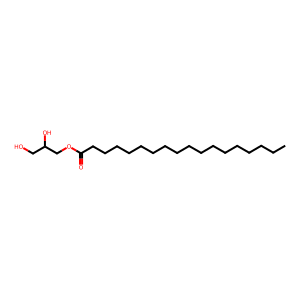
SMILES: CCCCCCCCCCCCCCCCCC(=O)OCC(O)CO
Inhibits HIV replication: No